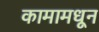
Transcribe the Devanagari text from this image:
कामामधून